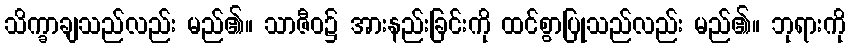
သိက္ခာချသည်လည်း မည်၏။ သာဇီဝ၌ အားနည်းခြင်းကို ထင်စွာပြုသည်လည်း မည်၏။ ဘုရားကို